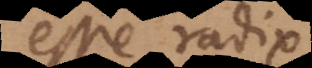
esse radix